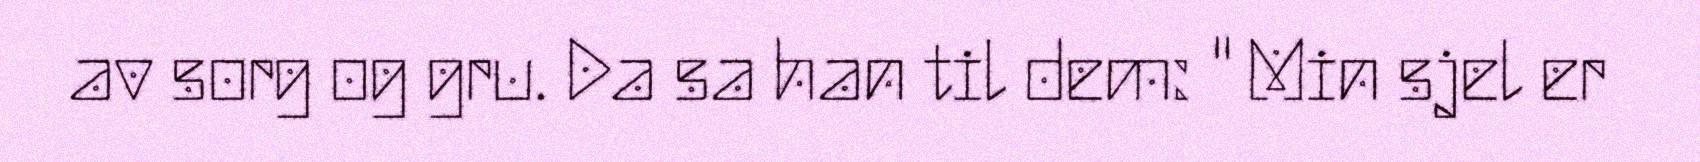
av sorg og gru. Da sa han til dem: " Min sjel er